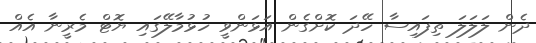
ދެން ލަލަލަ ތިފައިސާ ހޭދަ ކޮށްގެން އަޅަންވީ ހުޅުމާލޭގައި ޔޮޓް މެރީނާ އެއް